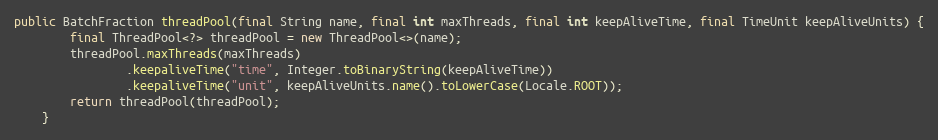
Language: Java
public BatchFraction threadPool(final String name, final int maxThreads, final int keepAliveTime, final TimeUnit keepAliveUnits) {
        final ThreadPool<?> threadPool = new ThreadPool<>(name);
        threadPool.maxThreads(maxThreads)
                .keepaliveTime("time", Integer.toBinaryString(keepAliveTime))
                .keepaliveTime("unit", keepAliveUnits.name().toLowerCase(Locale.ROOT));
        return threadPool(threadPool);
    }